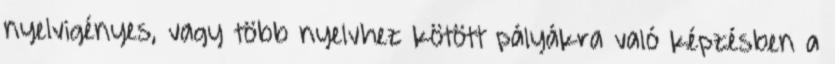
nyelvigényes, vagy több nyelvhez kötött pályákra való képzésben a